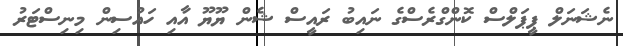
ނެޝަނަލް ޕީޕަލްސް ކޮންގްރެސްގެ ނައިބު ރައީސް ޝެން ޔޫޔޫ އާއި ހައުސިން މިނިސްޓަރު